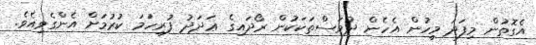
އެގޮތުން މިފަދަ މީހުން އެހެން ދުވަސްތަކަކުން ރޯދައިގެ ޢަދަދު ފުރިހަމަ ކުރުމަށް އެންގެވިއެވެ.